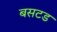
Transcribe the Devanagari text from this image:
बसटड